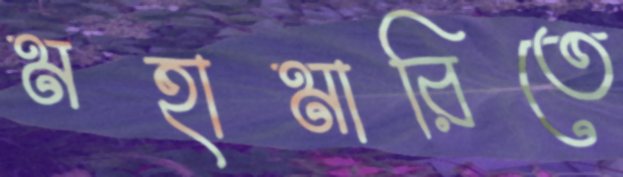
মহামারিতে